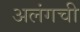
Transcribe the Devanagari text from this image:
अलंगची